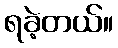
ရခဲ့တယ်။